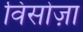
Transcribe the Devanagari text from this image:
विसोज़ा